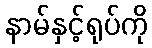
နာမ်နှင့်ရုပ်ကို